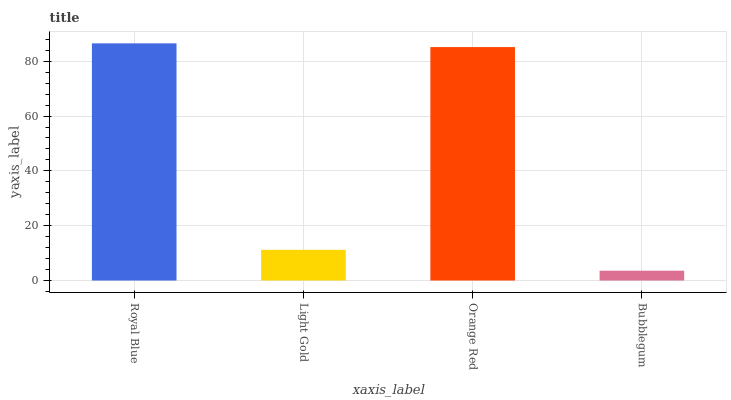
| xaxis_label | bars |
 | --- | --- |
 | Royal Blue | 86.5 |
 | Light Gold | 11.2 |
 | Orange Red | 85.2 |
 | Bubblegum | 3.58 |